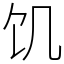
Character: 饥